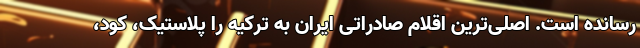
رسانده است. اصلی‌ترین اقلام صادراتی ایران به ترکیه را پلاستیک، کود،